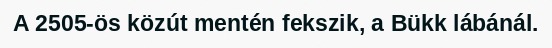
A 2505-ös közút mentén fekszik, a Bükk lábánál.